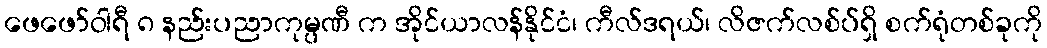
ဖေဖော်ဝါရီ ၈ နည်းပညာကုမ္ပဏီ က အိုင်ယာလန်နိုင်ငံ၊ ကီလ်ဒရယ်၊ လိဇက်လစ်ပ်ရှိ စက်ရုံတစ်ခုကို